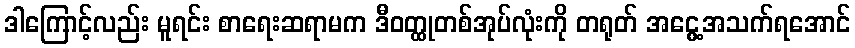
ဒါကြောင့်လည်း မူရင်း စာရေးဆရာမက ဒီဝတ္ထုတစ်အုပ်လုံးကို တရုတ် အငွေ့အသက်ရအောင်